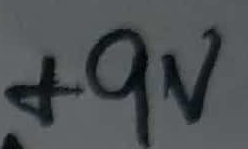
Text: +9V